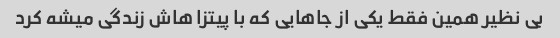
بی نظیر همین فقط یکی از جاهایی که با پیتزا هاش زندگی میشه کرد